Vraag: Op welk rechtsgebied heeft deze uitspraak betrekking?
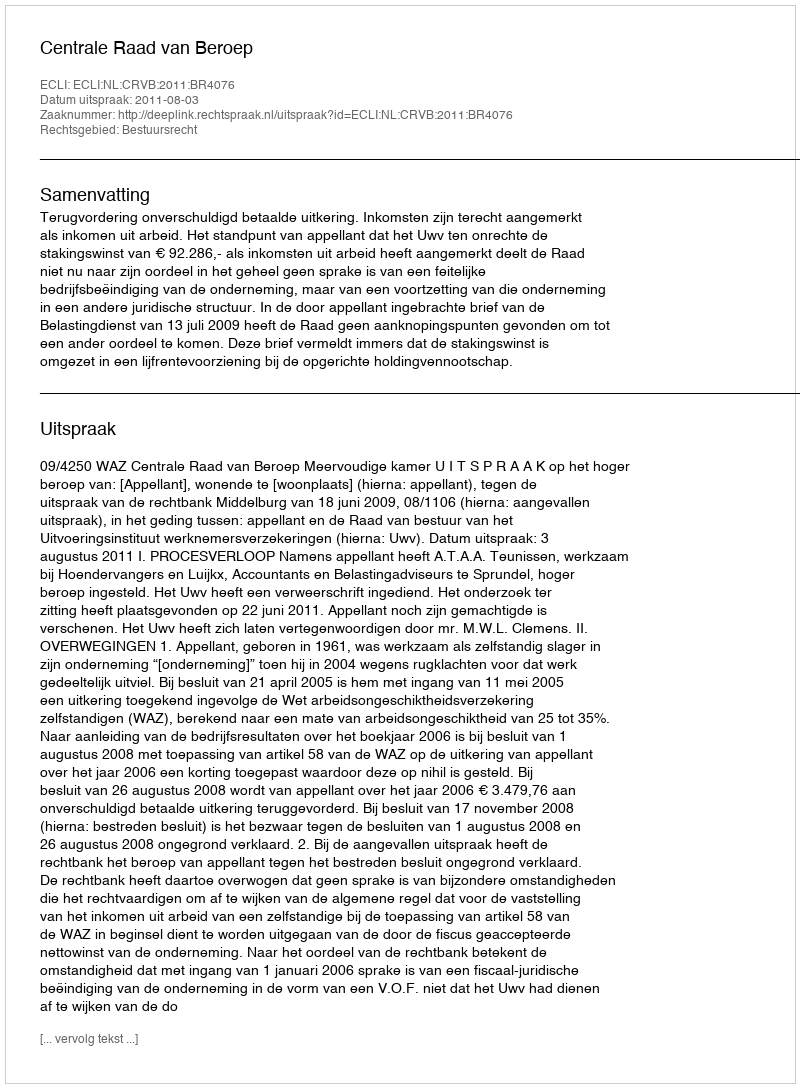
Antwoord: Bestuursrecht